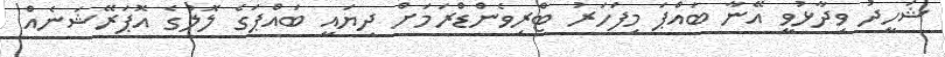
ޝަހީދު ވިދާޅުވީ އޭނާ ބައްޕަ މިފަހަރު ޓްރިވެންޑްރަމަށް ދިޔައީ ބައްޕަގެ ލޮލުގެ އޮޕަރޭޝަނެއް